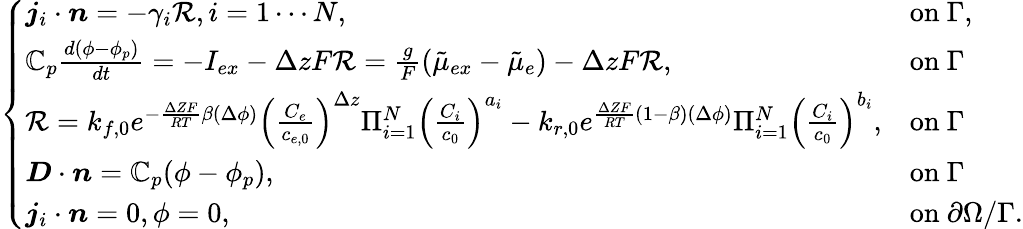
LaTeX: \left\{ \begin{array}{ll}{\boldsymbol{j}_{i}\cdot\boldsymbol{n}=-\gamma_{i}\mathcal{R},i=1\cdots N,}&{\mathrm{on~}\Gamma,}\\ {\mathbb{C}_{p}\frac{d(\phi-\phi_{p})}{dt}=-I_{ex}-\Delta zF\mathcal{R}=\frac{g}{F}(\tilde{\mu}_{ex}-\tilde{\mu}_{e})-\Delta zF\mathcal{R},}&{\mathrm{on~}\Gamma}\\ {\mathcal{R}=k_{f,0}e^{-\frac{\Delta ZF}{RT}\beta(\Delta\phi)}\left(\frac{C_{e}}{c_{e,0}}\right)^{\Delta z}\Pi_{i=1}^{N}\left(\frac{C_{i}}{c_{0}}\right)^{a_{i}}-k_{r,0}e^{\frac{\Delta ZF}{RT}(1-\beta)(\Delta\phi)}\Pi_{i=1}^{N}\left(\frac{C_{i}}{c_{0}}\right)^{b_{i}},}&{\mathrm{on~}\Gamma}\\ {\boldsymbol{D}\cdot\boldsymbol{n}=\mathbb{C}_{p}(\phi-\phi_{p}),}&{\mathrm{on~}\Gamma}\\ {\boldsymbol{j}_{i}\cdot\boldsymbol{n}=0,\phi=0,}&{\mathrm{on~}\partial\Omega/\Gamma.}\end{array}\right.